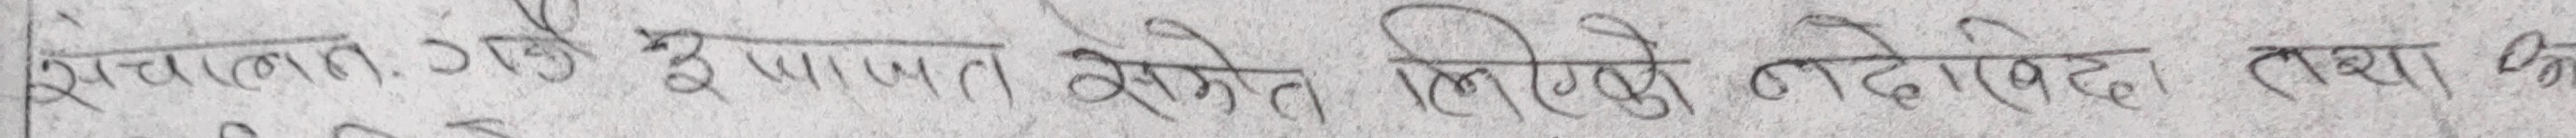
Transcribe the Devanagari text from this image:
स्वचालित हुने भएमा निमित्त तोकेको । तथा यो